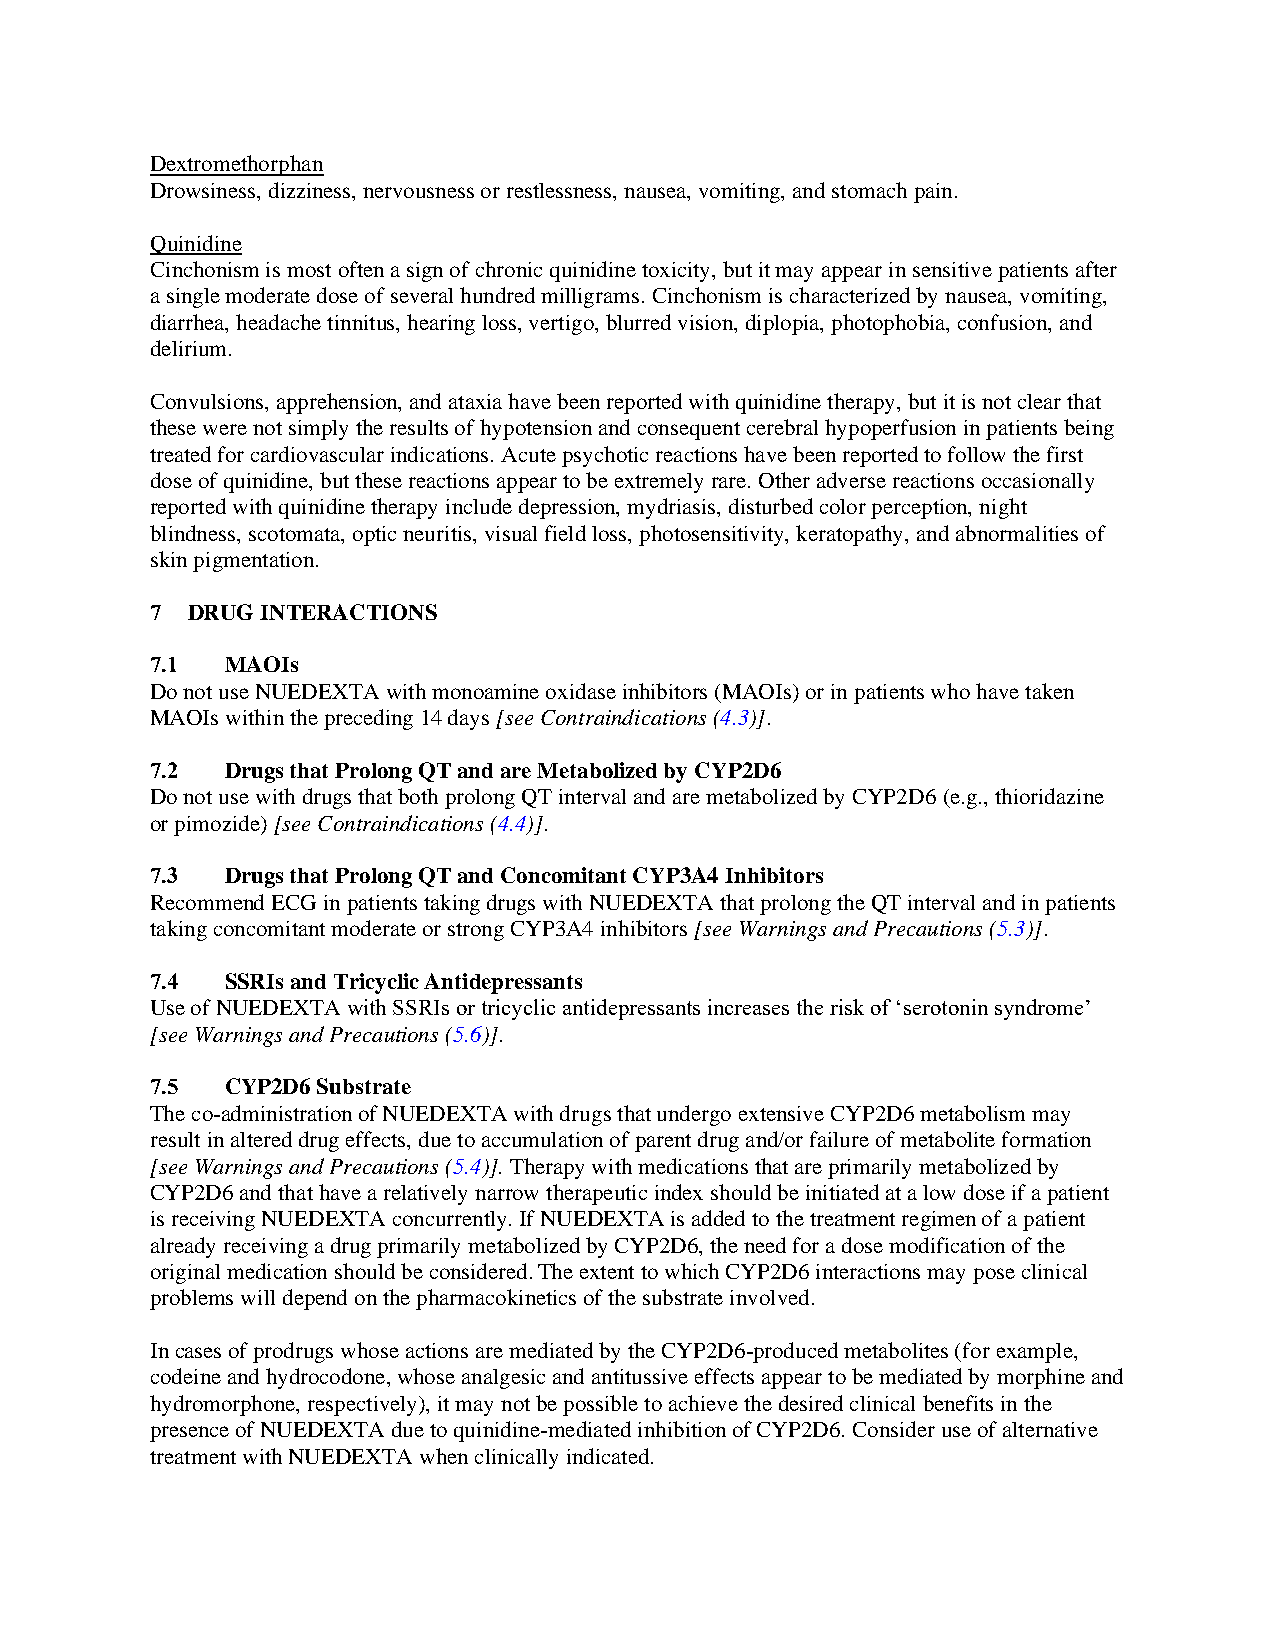
Dextromethorphan
 Drowsiness, dizziness, nervousness or restlessness, nausea, vomiting, and stomach pain.
 Quinidine
 Cinchonism is most often a sign of chronic quinidine toxicity, but it may appear in sensitive patients after
 a single moderate dose of several hundred milligrams. Cinchonism is characterized by nausea, vomiting,
 diarrhea, headache tinnitus, hearing loss, vertigo, blurred vision, diplopia, photophobia, confusion, and
 delirium.
 Convulsions, apprehension, and ataxia have been reported with quinidine therapy, but it is not clear that
 these were not simply the results of hypotension and consequent cerebral hypoperfusion in patients being
 treated for cardiovascular indications. Acute psychotic reactions have been reported to follow the first
 dose of quinidine, but these reactions appear to be extremely rare. Other adverse reactions occasionally
 reported with quinidine therapy include depression, mydriasis, disturbed color perception, night
 blindness, scotomata, optic neuritis, visual field loss, photosensitivity, keratopathy, and abnormalities of
 skin pigmentation.
 7 DRUG INTERACTIONS
 7.1  MAOIs
 Do not use NUEDEXTA with monoamine oxidase inhibitors (MAOIs) or in patients who have taken
 MAOIs within the preceding 14 days [see Contraindications (4.3)].
 7.2  Drugs that Prolong QT and are Metabolized by CYP2D6
 Do not use with drugs that both prolong QT interval and are metabolized by CYP2D6 (e.g., thioridazine
 or pimozide) [see Contraindications (4.4)].
 7.3  Drugs that Prolong QT and Concomitant CYP3A4 Inhibitors
 Recommend ECG in patients taking drugs with NUEDEXTA that prolong the QT interval and in patients
 taking concomitant moderate or strong CYP3A4 inhibitors [see Warnings and Precautions (5.3)].
 7.4  SSRIs and Tricyclic Antidepressants
 Use of NUEDEXTA with SSRIs or tricyclic antidepressants increases the risk of ‘serotonin syndrome’
 [see Warnings and Precautions (5.6)].
 7.5  CYP2D6 Substrate
 The co-administration of NUEDEXTA with drugs that undergo extensive CYP2D6 metabolism may
 result in altered drug effects, due to accumulation of parent drug and/or failure of metabolite formation
 [see Warnings and Precautions (5.4)]. Therapy with medications that are primarily metabolized by
 CYP2D6 and that have a relatively narrow therapeutic index should be initiated at a low dose if a patient
 is receiving NUEDEXTA concurrently. If NUEDEXTA is added to the treatment regimen of a patient
 already receiving a drug primarily metabolized by CYP2D6, the need for a dose modification of the
 original medication should be considered. The extent to which CYP2D6 interactions may pose clinical
 problems will depend on the pharmacokinetics of the substrate involved.
 In cases of prodrugs whose actions are mediated by the CYP2D6-produced metabolites (for example,
 codeine and hydrocodone, whose analgesic and antitussive effects appear to be mediated by morphine and
 hydromorphone, respectively), it may not be possible to achieve the desired clinical benefits in the
 presence of NUEDEXTA due to quinidine-mediated inhibition of CYP2D6. Consider use of alternative
 treatment with NUEDEXTA when clinically indicated.